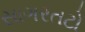
સાગરતટો